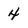
Character: 4